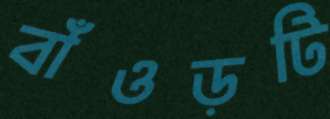
বাঁওড়টি